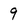
Character: 9